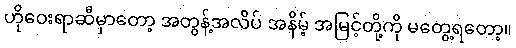
ဟိုဝေးရာဆီမှာတော့ အတွန့်အလိပ် အနိမ့် အမြင့်တို့ကို မတွေ့ရတော့။